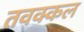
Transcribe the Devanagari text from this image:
तवक्कल